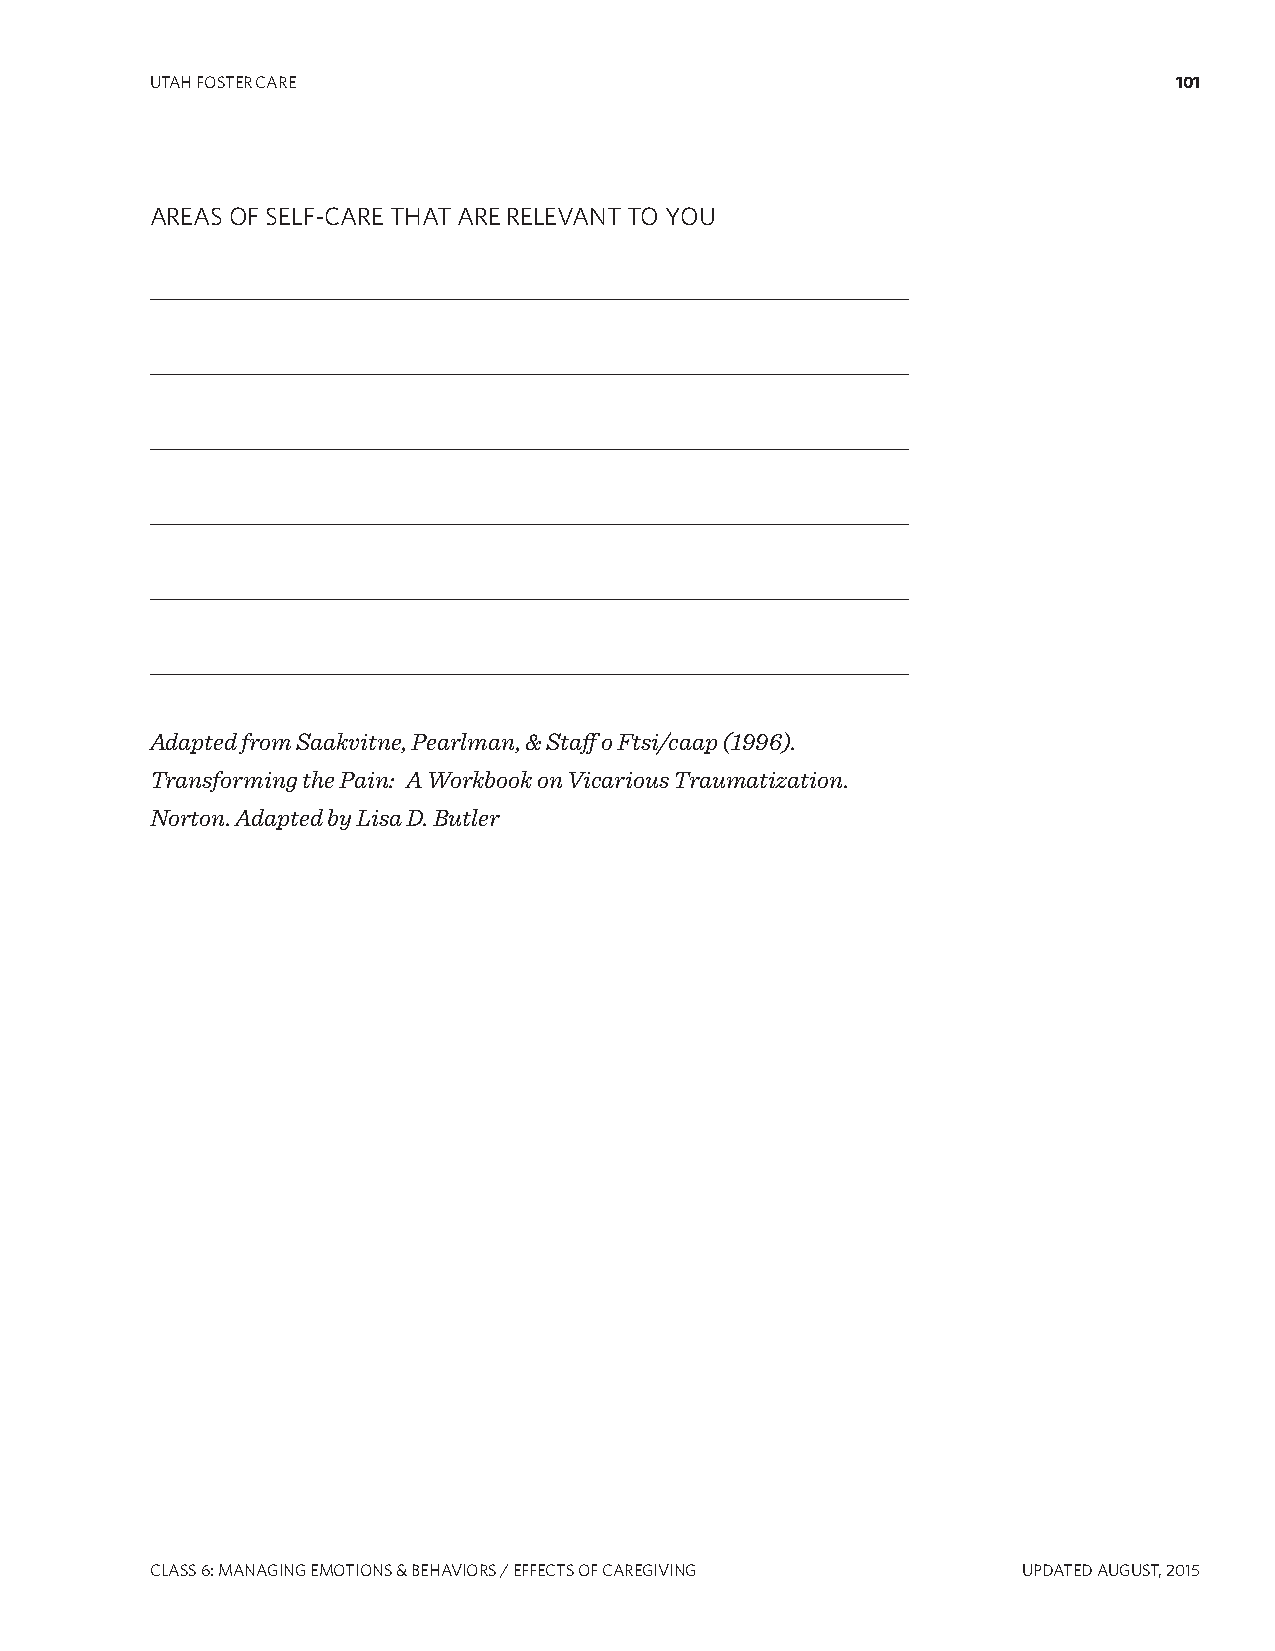
UTAH FOSTER CARE                                                    101
 AREAS OF SELF-CARE THAT ARE RELEVANT TO YOU
 _____________________________________________________________________
 _____________________________________________________________________
 _____________________________________________________________________
 _____________________________________________________________________
 _____________________________________________________________________
 _____________________________________________________________________
 Adapted from Saakvitne, Pearlman, & Staff o Ftsi/caap (1996).
 Transforming the Pain: A Workbook on Vicarious Traumatization.
 Norton. Adapted by Lisa D. Butler
 CLASS 6: MANAgINg EMOTIONS & BEHAVIORS / EFFECTS OF CAREgIVINg UPDATED AUgUST, 2015